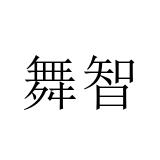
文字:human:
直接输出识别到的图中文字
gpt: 舞智